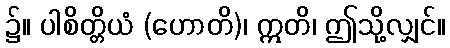
၌။ ပါစိတ္တိယံ (ဟောတိ)၊ ဣတိ၊ ဤသို့လျှင်။